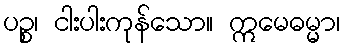
ပဉ္စ၊ ငါးပါးကုန်သော။ ဣမေဓမ္မာ၊